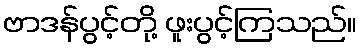
ဗာဒန်ပွင့်တို့ ဖူးပွင့်ကြသည်။